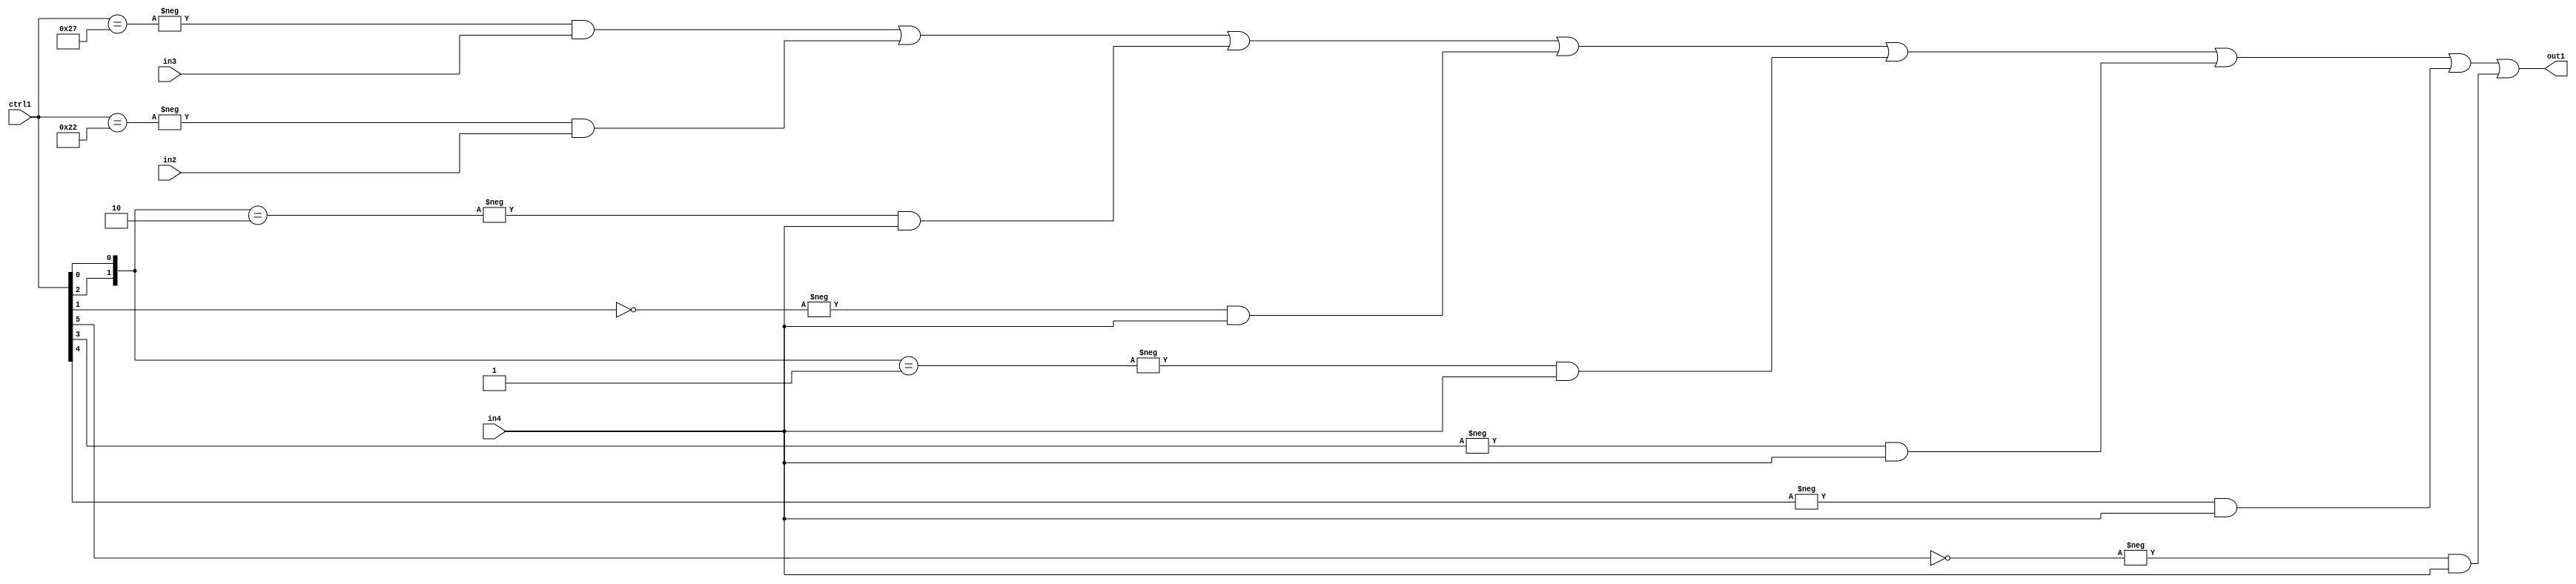
`timescale 1ps / 1ps
/*****************************************************************************
    Verilog RTL Description
    
    
    Created by: Stratus DpOpt 21.05.01 
*******************************************************************************/

module SobelFilter_N_Mux_32_3_85_1 (
	in4,
	in3,
	in2,
	ctrl1,
	out1
	); /* architecture "behavioural" */ 
input [31:0] in4;
input [8:0] in3,
	in2;
input [5:0] ctrl1;
output [31:0] out1;
wire [31:0] asc001;

assign asc001 = 
	-{ctrl1 == 6'B100111} & in3 |
	-{ctrl1 == 6'B100010} & in2 |
	-{{ctrl1[2], ctrl1[0]} == 2'B10} & in4 |
	-{ctrl1[1] == 1'B0} & in4 |
	-{{ctrl1[2], ctrl1[0]} == 2'B01} & in4 |
	-{ctrl1[3] == 1'B1} & in4 |
	-{ctrl1[4] == 1'B1} & in4 |
	-{ctrl1[5] == 1'B0} & in4 ;

assign out1 = asc001;
endmodule

/* CADENCE  v7n4Qww= : u9/ySxbfrwZIxEzHVQQV8Q== ** DO NOT EDIT THIS LINE ******/